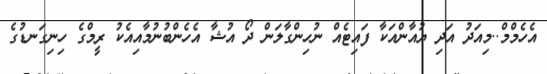
އެހެމްމް..މިއަދު އަދި ޔުއާންއަކާ ފައިޓެއް ނުހިންގާލަން ދޯ އުޝާ އެހެންބުނުމާއިއެކު ރީމްގެ ހިނިގަނޑުގެ